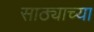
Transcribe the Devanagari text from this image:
साठ्याच्या